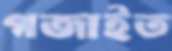
গজাইত